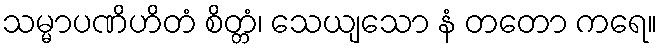
သမ္မာပဏိဟိတံ စိတ္တံ၊ သေယျသော နံ တတော ကရေ။